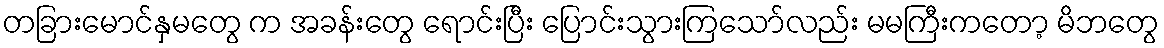
တခြားမောင်နှမတွေ က အခန်းတွေ ရောင်းပြီး ပြောင်းသွားကြသော်လည်း မမကြီးကတော့ မိဘတွေ